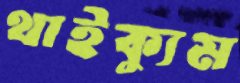
থাইক্যুম